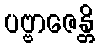
ပဗ္ဗာဇေန္တိ